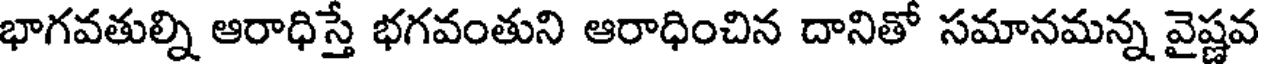
భాగవతుల్ని ఆరాధిస్తే భగవంతుని ఆరాధించిన దానితో సమానమన్న వైష్ణవ